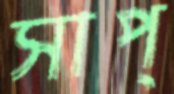
সাপ্